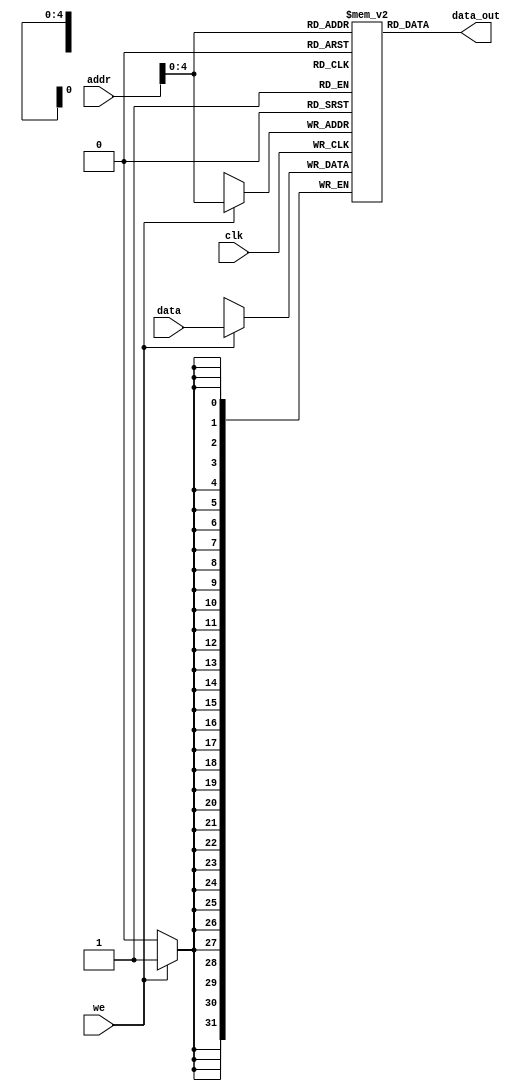
module data_memory
#(parameter DATA_WIDTH=32, parameter ADDR_WIDTH=32)
(
	input [(DATA_WIDTH-1):0] data,
	input [(ADDR_WIDTH-1):0] addr,
	input we, clk,
	output [(DATA_WIDTH-1):0] data_out
);

	// Declare the RAM variable
	reg [DATA_WIDTH-1:0] ram[ADDR_WIDTH-1:0]; //??

	// Variable to hold the registered read address
	reg [ADDR_WIDTH-1:0] addr_reg;

	// Specify the initial contents.  You can also use the $readmemb
	// system task to initialize the RAM variable from a text file.
	// See the $readmemb template page for details.
	initial 
	begin : INIT
		integer i;
		for(i = 0; i < ADDR_WIDTH; i = i + 1)
			ram[i] = {DATA_WIDTH{1'b1}};
	end 

	always @ (posedge clk)
	begin
		// Write
		if (we)
			ram[addr] <= data;

		//addr_reg <= addr;
	end

	// Continuous assignment implies read returns NEW data.
	// This is the natural behavior of the TriMatrix memory
	// blocks in Single Port mode.  
	assign data_out = ram[addr];

endmodule